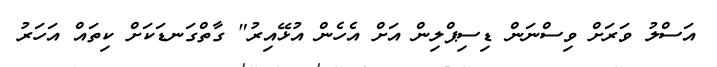
އަސްލު ވަރަށް ވިސްނަން ޑިސިޕްލިން އަށް އެހެން އުޅޭއިރު" ގާތްގަނޑަކަށް ކިތައް އަހަރު